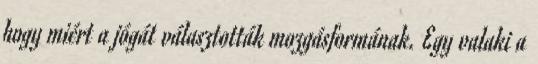
hogy miért a jógát választották mozgásformának. Egy valaki a